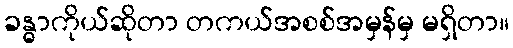
ခန္ဓာကိုယ်ဆိုတာ တကယ်အစစ်အမှန်မှ မရှိတာ။